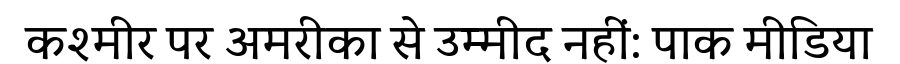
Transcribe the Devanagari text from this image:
कश्मीर पर अमरीका से उम्मीद नहीं: पाक मीडिया